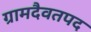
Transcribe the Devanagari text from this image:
ग्रामदैवतपद